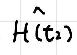
$\hat{H}\left(t_{2}\right)$